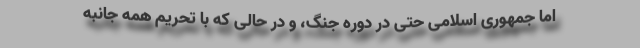
اما جمهوری اسلامی حتی در دوره جنگ، و در حالی که با تحریم همه جانبه